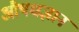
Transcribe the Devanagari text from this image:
औषधज्ञान